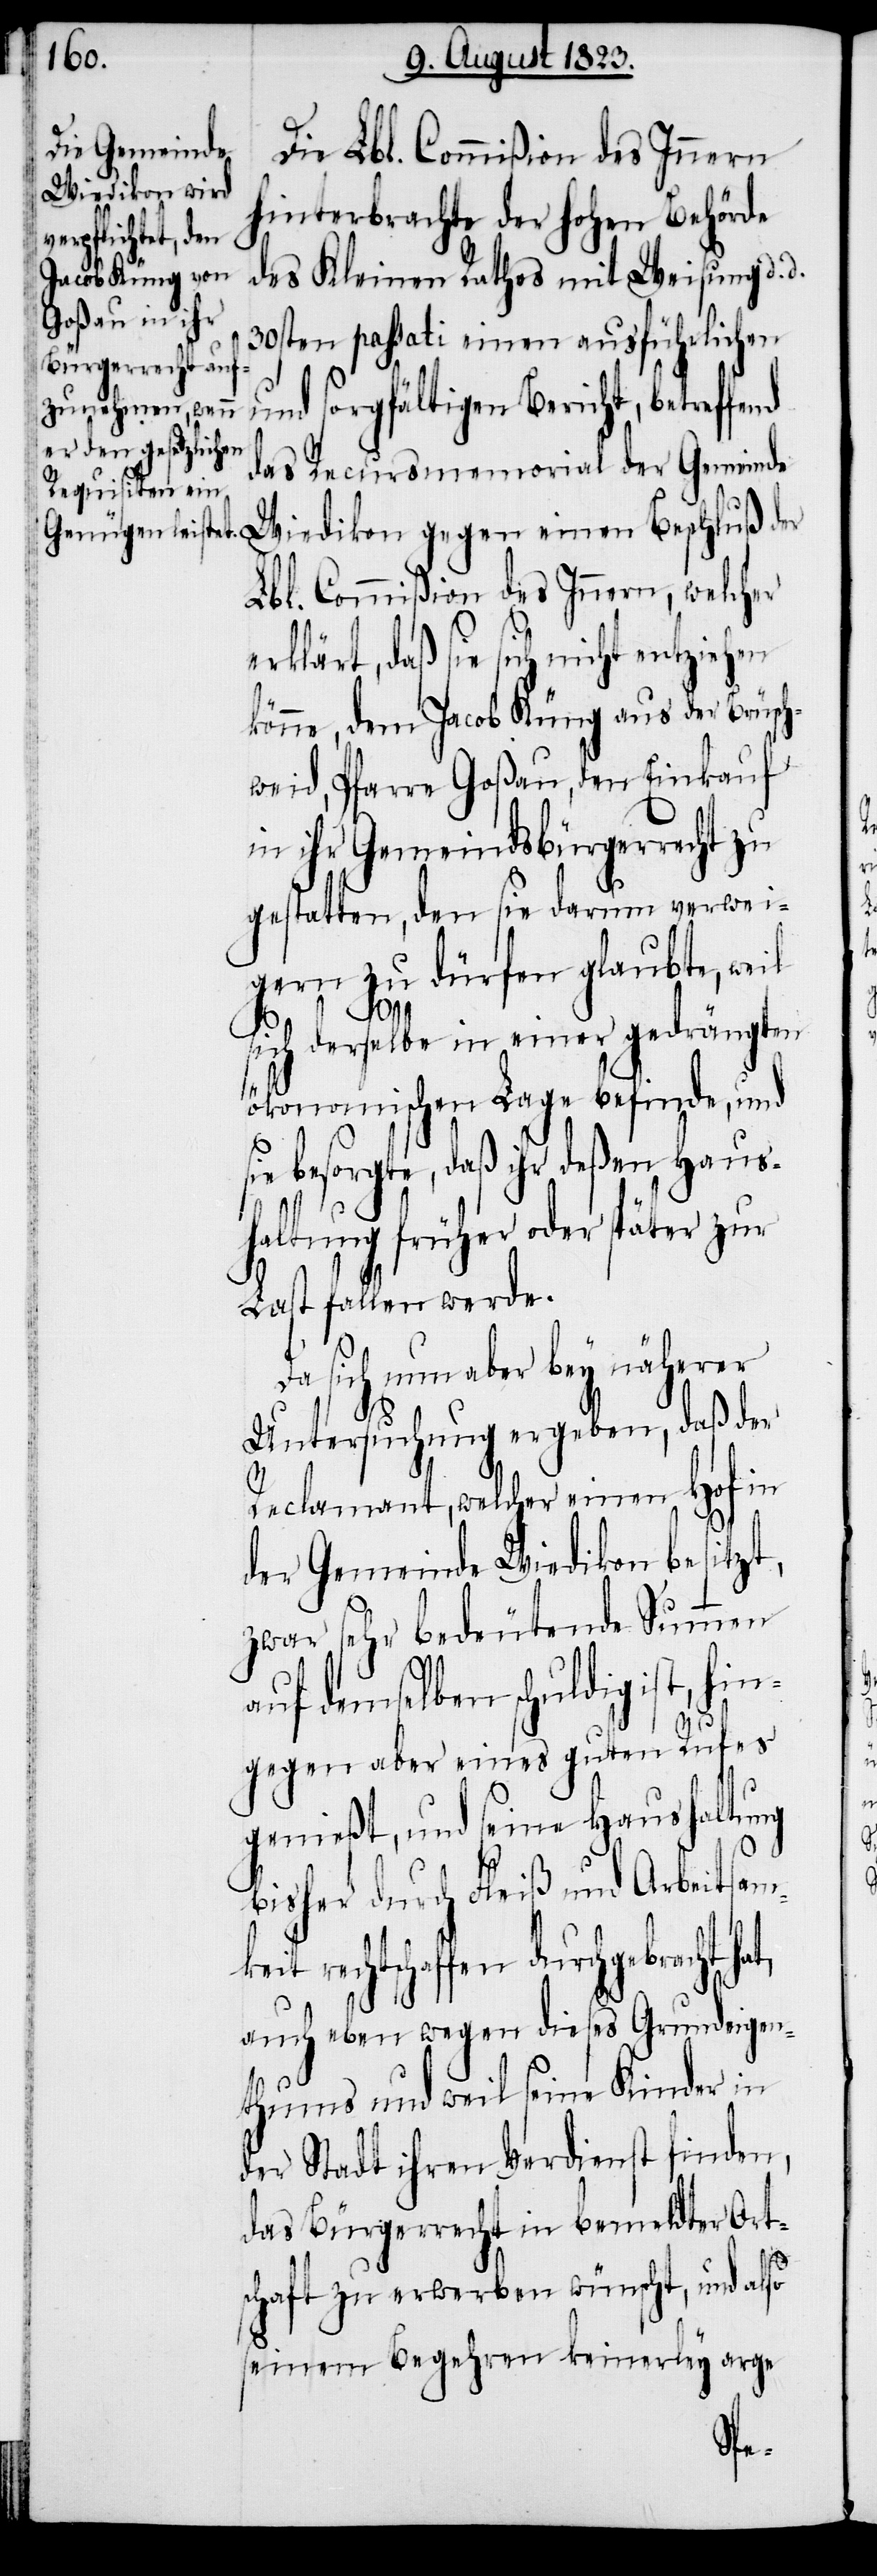
Die Lbl. Commißion des Innern
hinterbrachte der hohen Behörde
des Kleinen Rathes mit Weisung d.
30sten passati einen ausführlichen
und sorgfältigen Bericht, betreffend
das Recursmemorial der Gemeinde
Wiedikon gegen einen Beschluß der
Lbl. Commißion des Innern, welcher
erklärt, daß sie sich nicht
könne, dem Jacob Küng aus der Brüsc¬
hweid, Pfarre Goßau, den Einkauf
in ihr Gemeindsbürgerrecht zu
gestatten, den sie darum verwei¬
gern zu dürfen glaubte, weil
keit
sich derselbe in einer gedrängten
ökonomischen Lage befinde, und
sich besorgte, daß ihr deßen Haus¬
haltung früher oder später zur
Last fallen werde.
sich nun aber bey näherer
Untersuchung ergeben, daß der
Reclamant, welcher einen Hof in
der Gemeinde Wiedikon besitzt,
zwar sehr bedeutende Summen
auf demselben schuldig ist, hin¬
gegen aber eines guten Rufes
genießt, und seine Haushaltung
bisher durch Fleiß und Arbeitsam¬
rechtschaffen durchgebracht
auch eben wegen dieses Grundeigen¬
thums und weil seine Kinder in
der Stadt ihren Verdienst finden,
das Bürgerrecht in bemeldter Ort¬
schaft zu erwerben wünscht, und also
seinem Begehren keinerley arge